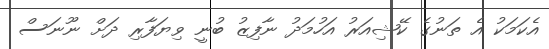
އެކަމަކު އެ ތަނުގެ ކޭޝިއަރު އަހުމަދު ނާފިޒު ބުނީ ވިޔަފާރި ދަށް ނޫނަސް